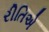
રીતિએ